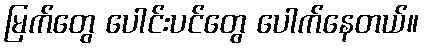
မြက်တွေ ပေါင်းပင်တွေ ပေါက်နေတယ်။